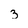
Character: 3